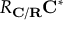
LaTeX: R _ { \mathbf { C / R } } { \mathbf { C } } ^ { * }